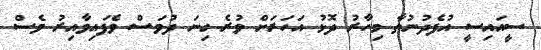
ސީއައިސީ އުފެދުނުތާ މިހާރު ދޮޅު އަހަރަށް ވުރެ ގިނަ ދުވަސް ވެފައިވާއިރު ވެސް